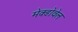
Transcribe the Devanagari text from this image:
मेक्डोवेल